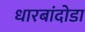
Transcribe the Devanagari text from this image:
धारबांदोडा